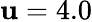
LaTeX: \mathbf{u}=4.0